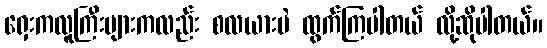
ရှေးကလူကြီးများကလည်း စလယားပဲ ထွက်ကြပါတယ် လို့ဆိုပါတယ်။